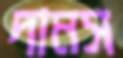
দামস